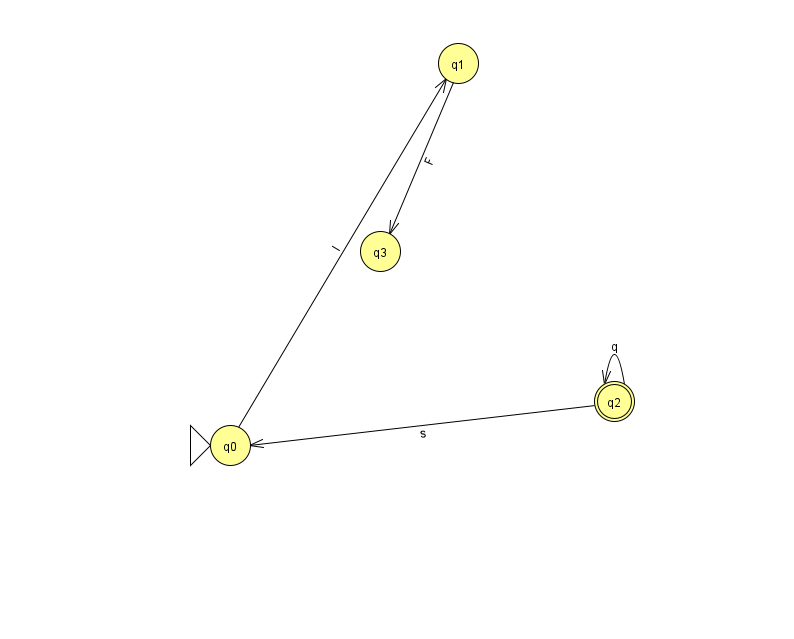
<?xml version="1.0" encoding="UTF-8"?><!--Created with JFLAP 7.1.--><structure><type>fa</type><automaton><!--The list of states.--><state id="0" name="q0"><x>230.0</x><y>432.0</y><initial/></state><state id="1" name="q1"><x>458.0</x><y>50.0</y></state><state id="2" name="q2"><x>614.0</x><y>388.0</y><final/></state><state id="3" name="q3"><x>380.0</x><y>238.0</y></state><!--The list of transitions.--><transition><from>2</from><to>2</to><read>q</read></transition><transition><from>1</from><to>3</to><read>F</read></transition><transition><from>2</from><to>0</to><read>s</read></transition><transition><from>0</from><to>1</to><read>l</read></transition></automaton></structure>